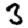
Digit: 3